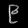
Digit: ၉